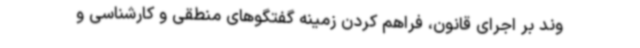
وند بر اجرای قانون، فراهم کردن زمینه گفتگوهای منطقی و کارشناسی و